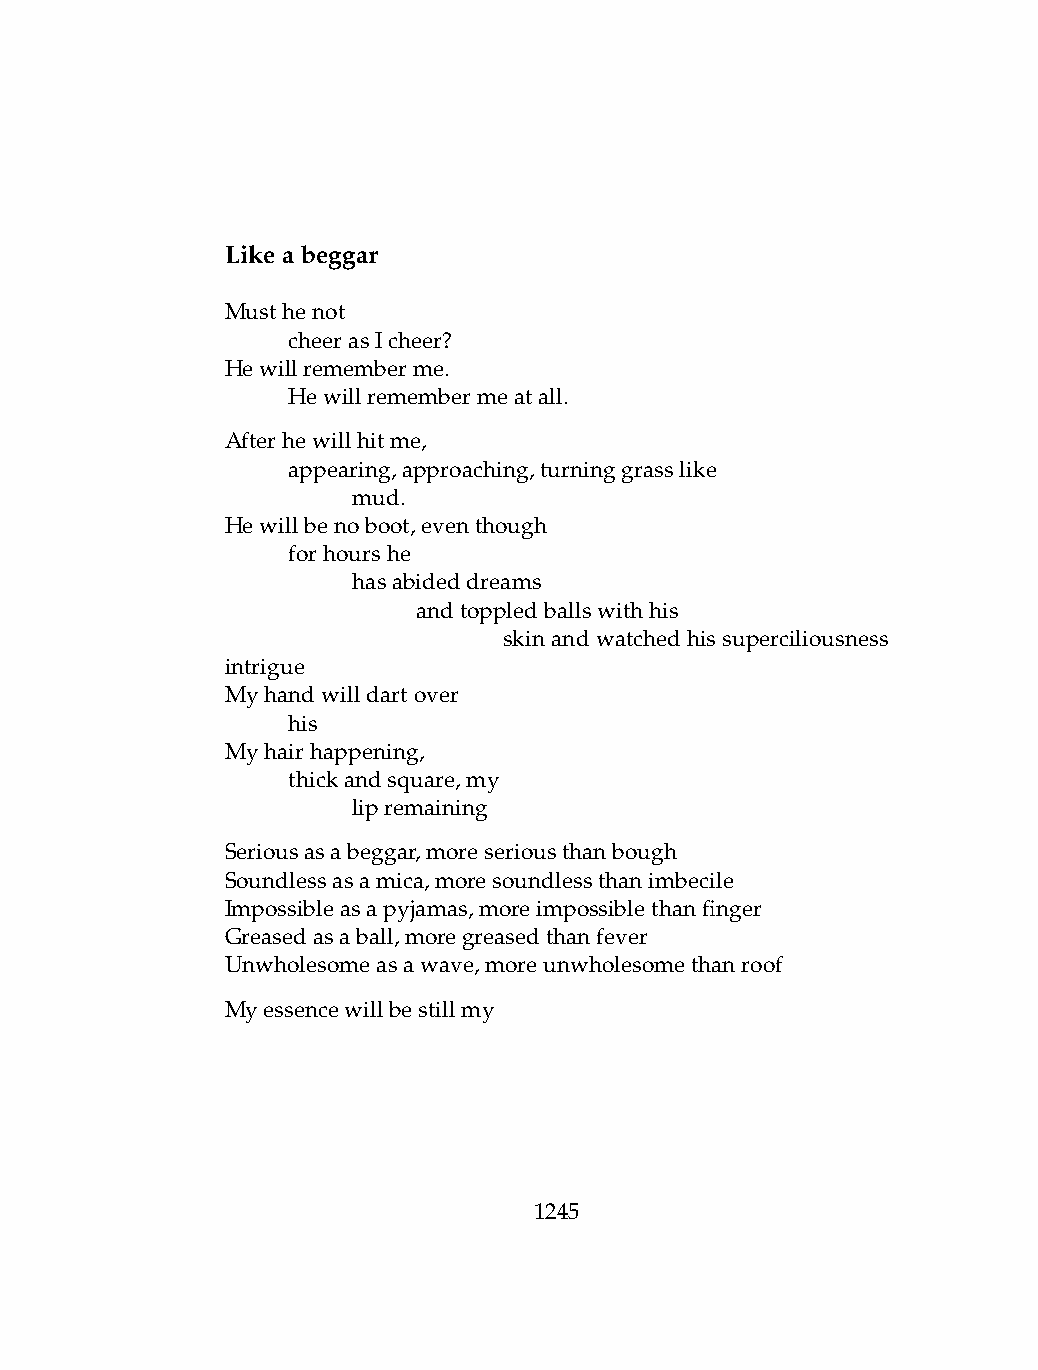
Likeabeggar
 Musthenot
 .   cheerasIcheer?
 Hewillrememberme.
 .   Hewillremembermeatall.
 Afterhewillhitme,
 .   appearing,approaching,turninggrasslike
 .   .   mud.
 Hewillbenoboot,eventhough
 .   forhourshe
 .   .   hasabideddreams
 .   .   .    andtoppledballswithhis
 .   .    .    .   skinandwatchedhissuperciliousness
 intrigue
 Myhandwilldartover
 .   his
 Myhairhappening,
 .   thickandsquare,my
 .   .   lipremaining
 Seriousasabeggar,moreseriousthanbough
 Soundlessasamica,moresoundlessthanimbecile
 Impossibleasapyjamas,moreimpossiblethanfinger
 Greasedasaball,moregreasedthanfever
 Unwholesomeasawave,moreunwholesomethanroof
 Myessencewillbestillmy
 1245